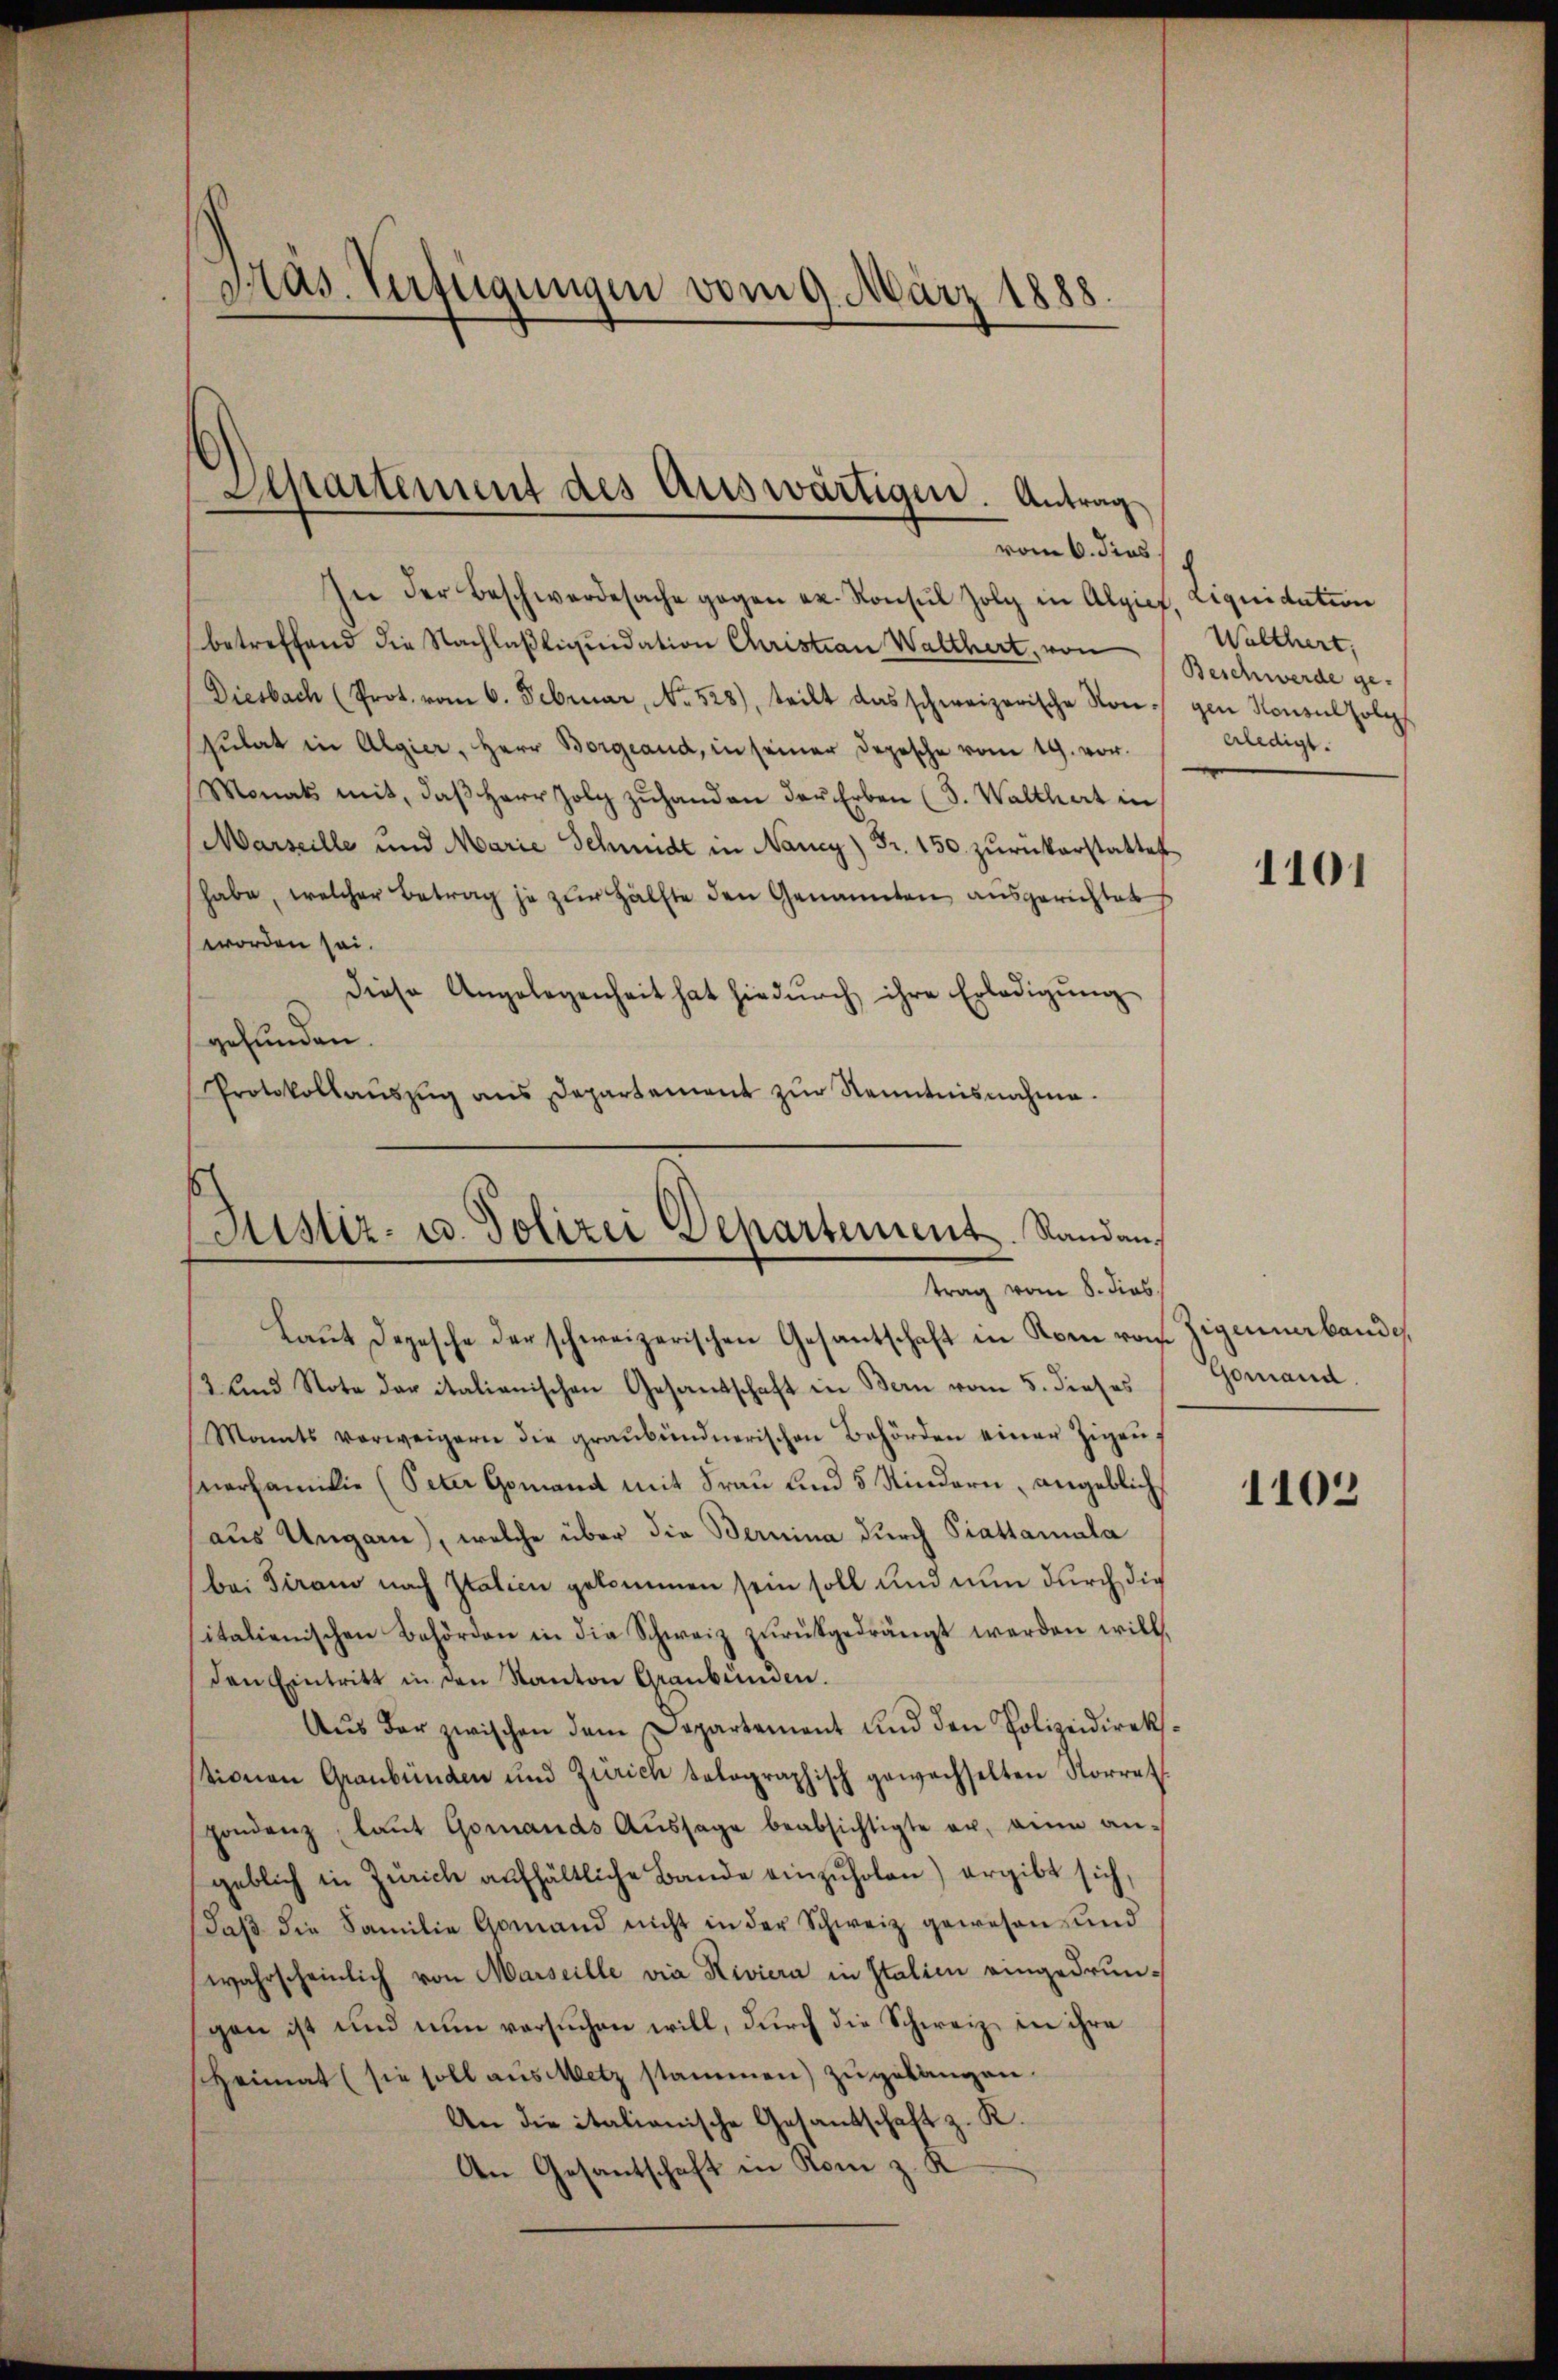
Präs. Verfügungen vom 9. März 1888.

Departement des Auswärtigen. Antrag
vom 6. dies

In der Beschwerdesache gegen u. Konsul Zolg in Algiet, Liquidation
betreffend die Nachlaßliquidation Christian Walthert, von
Diesbach (Prot. vom 6. Februar, No. 528), teilt das schweizerische Non gen Konsul folg
Gŭlat in Algier, Herr Borgeaud, in seiner Depesche vom 19. vor.
Monats mit, daβ Herr Holz zŭhanden der Erben (S. Walthert in
Marseille und Marie Schmidt in Nancy) Fr. 150. zŭrükerstattet
habe, welcher Betrag je zŭr Hälfte den Genannten ausgerichtet
worden sei.
diese Angelegenheit hat hiedurch ihre Erledigŭng
gefunden.
Protokollaŭszŭg ans Departement zŭr Kenntnisnahme.

Sistir- u. Polizei Departement. Randan-
trag vom 8. dies

Laŭt Depesche der schweizerischen Gesantschaft in Korn vom Eigennerbande
2 und Note der italianischen Gesandschaft in Bern vom 5. dieses
Mants verweigern die graubündnerischen Behörden einer Zigen-
nerfamilie (Peter Gomand mit Frau und 5 Kindern, angeblich
aus Ungarn), welche über die Bernina durch Piattamala
(bei Tirano nach Italien gekommen sein soll und nun durch die
italienischen Behörden in die Schweiz zŭrückgedrängt werden will.
den Eintritt in den Kanton Graubünden.
Aŭs der zwischen dem Departement und den Polizeidirek-
tionen Graubünden und Zürich talographisch gewechselten Norrat
pondenz, laŭt Gomands Aŭssage beabsichtigte er, ain an-
geblich in Zürich aufhältliche Bande einzŭholen) ergibt sich,
Daβ die Familie Gomand nicht in der Schweiz gewesen, und
wahrscheinlich von Marseille via Riviera in Italien eingedrungen ist und nun versuchen will, durch die Schweiz in ihre
Heimat (sie soll aus Metz stammen) zugelangen.
An die italianische Gesandschaft z. K.
An Gesantschaft in Rom z. K

Walthert.
Beschwerde geerledigt.

1101

Gomand.

1103